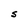
Character: S